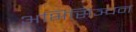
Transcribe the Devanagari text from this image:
अभिसिञ्चन